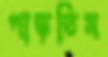
পাড়তিস